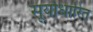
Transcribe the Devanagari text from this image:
सूर्याधारित